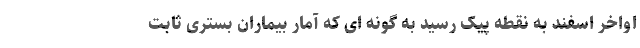
اواخر اسفند به نقطه پیک رسید به گونه ای که آمار بیماران بستری ثابت